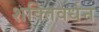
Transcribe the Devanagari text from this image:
शक्तिवर्धन